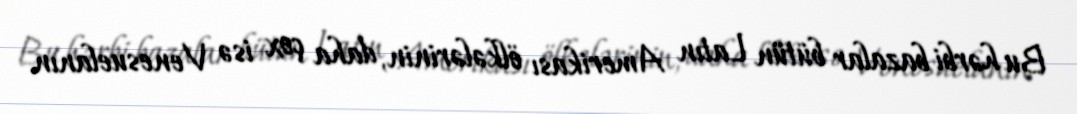
Bu hərbi bazalar bütün Latın Amerikası ölkələrinin, daha çox isə Venesuelanın